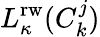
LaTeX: L_{\kappa}^{\mathrm{rw}}(C_{k}^{j})